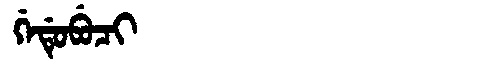
Manchu: ᡤᡝᡩᡠᠪᡠᠴᡳ
Romanization: GEDUBUCI